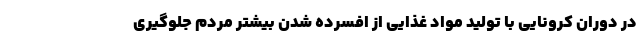
در دوران کرونایی با تولید مواد غذایی از افسرده شدن بیشتر مردم جلوگیری